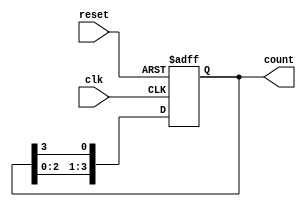
module ring_counter (
    input wire clk,      // Clock signal
    input wire reset,    // Asynchronous reset signal
    output reg [3:0] count // 4-bit output representing the current state
);

// On reset, initialize the counter to the initial state (0001)
always @(posedge clk or posedge reset) begin
    if (reset) begin
        count <= 4'b0001; // Initial state
    end else begin
        // Shift the '1' to the next flip-flop
        count <= {count[2:0], count[3]}; // Circular shift
    end
end

endmodule